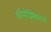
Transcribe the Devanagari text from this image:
काँपोझिशनने